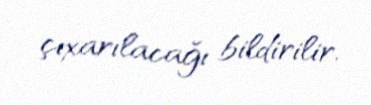
çıxarılacağı bildirilir.